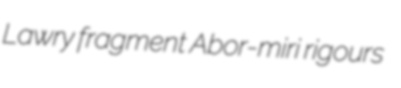
Lawry fragment Abor-miri rigours